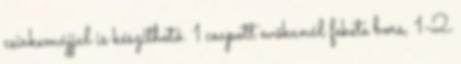
csirkemájjal is készíthető. 1 csapott evőkanál fekete bors, 1-2